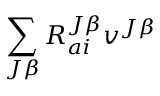
\sum _ { J \beta } R _ { a i } ^ { J \beta } v ^ { J \beta }